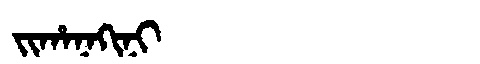
Manchu: ᠵᡳᡥᠠᠨᠠᡴᡳᠨᡳ
Romanization: JIHANAKINI